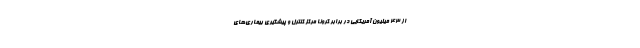
از ۴۳ میلیون آمریکایی در برابر کرونا مرکز کنترل و پیشگیری بیماری‌های